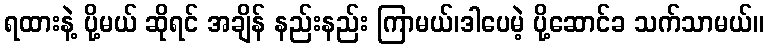
ရထားနဲ့ ပို့မယ် ဆိုရင် အချိန် နည်းနည်း ကြာမယ်၊ဒါပေမဲ့ ပို့ဆောင်ခ သက်သာမယ်။